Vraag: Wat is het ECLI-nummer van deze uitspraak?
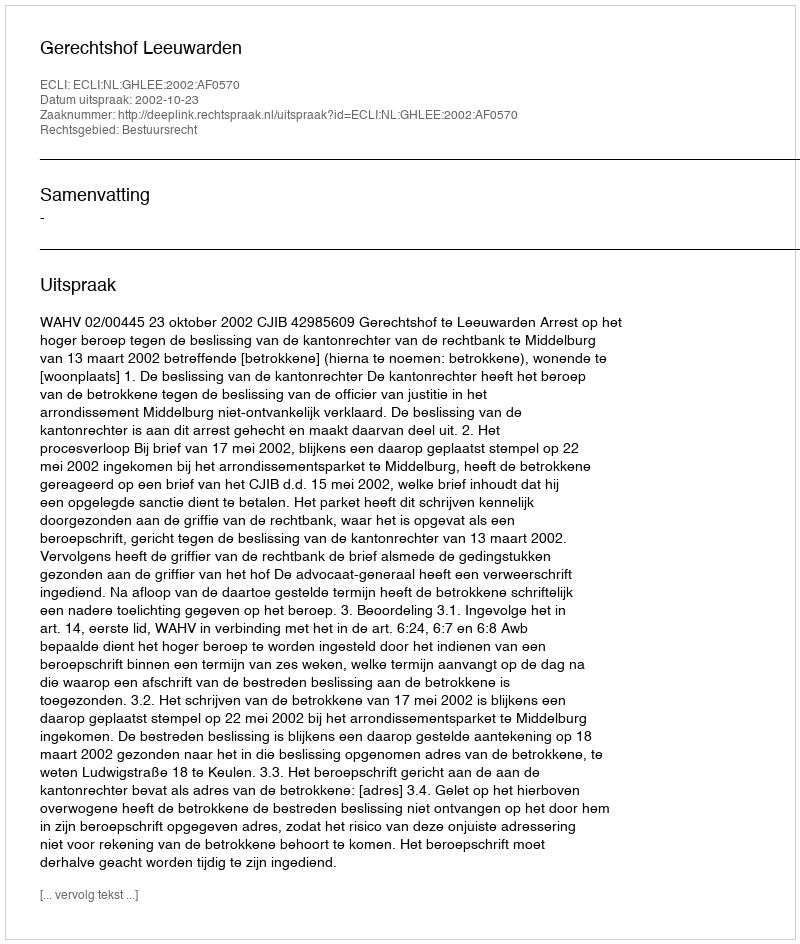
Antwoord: ECLI:NL:GHLEE:2002:AF0570